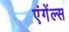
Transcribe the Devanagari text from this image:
एंगेंल्स